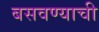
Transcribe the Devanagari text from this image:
बसवण्याची